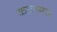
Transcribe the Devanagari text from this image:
कालगत